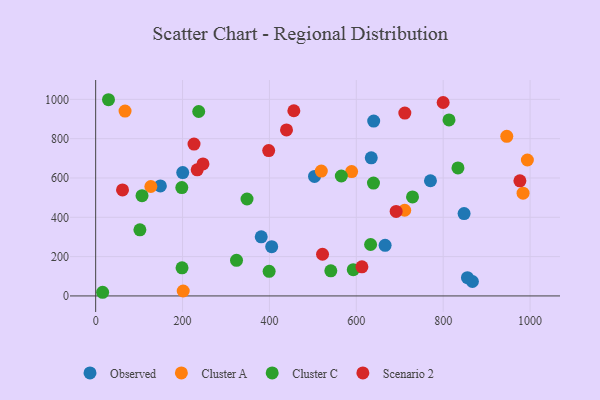
{"axis": {"x": "Speed", "y": "Exam Score"}, "legend": ["Cluster A", "Cluster C", "Observed", "Scenario 2"], "data": [{"x": "405.2", "y": 250.8, "type": "Observed"}, {"x": "770.7", "y": 585.9, "type": "Observed"}, {"x": "666.3", "y": 257.6, "type": "Observed"}, {"x": "867.3", "y": 73.4, "type": "Observed"}, {"x": "634.4", "y": 702.5, "type": "Observed"}, {"x": "148.9", "y": 559.4, "type": "Observed"}, {"x": "855.8", "y": 92.8, "type": "Observed"}, {"x": "640.0", "y": 889.7, "type": "Observed"}, {"x": "848.1", "y": 418.9, "type": "Observed"}, {"x": "503.8", "y": 608.1, "type": "Observed"}, {"x": "381.1", "y": 300.9, "type": "Observed"}, {"x": "200.4", "y": 627.3, "type": "Observed"}, {"x": "993.8", "y": 691.5, "type": "Cluster A"}, {"x": "519.4", "y": 635.2, "type": "Cluster A"}, {"x": "983.9", "y": 522.6, "type": "Cluster A"}, {"x": "589.2", "y": 632.4, "type": "Cluster A"}, {"x": "201.5", "y": 25.1, "type": "Cluster A"}, {"x": "127.0", "y": 556.8, "type": "Cluster A"}, {"x": "711.4", "y": 435.8, "type": "Cluster A"}, {"x": "67.6", "y": 940.4, "type": "Cluster A"}, {"x": "946.4", "y": 812.1, "type": "Cluster A"}, {"x": "632.9", "y": 261.7, "type": "Cluster C"}, {"x": "198.3", "y": 551.1, "type": "Cluster C"}, {"x": "813.4", "y": 895.2, "type": "Cluster C"}, {"x": "16.0", "y": 18.6, "type": "Cluster C"}, {"x": "729.4", "y": 503.7, "type": "Cluster C"}, {"x": "399.3", "y": 125.0, "type": "Cluster C"}, {"x": "834.0", "y": 651.1, "type": "Cluster C"}, {"x": "639.5", "y": 574.0, "type": "Cluster C"}, {"x": "541.3", "y": 127.9, "type": "Cluster C"}, {"x": "324.2", "y": 181.0, "type": "Cluster C"}, {"x": "593.0", "y": 133.5, "type": "Cluster C"}, {"x": "348.4", "y": 493.1, "type": "Cluster C"}, {"x": "106.7", "y": 510.1, "type": "Cluster C"}, {"x": "565.5", "y": 610.2, "type": "Cluster C"}, {"x": "237.2", "y": 938.3, "type": "Cluster C"}, {"x": "101.8", "y": 336.2, "type": "Cluster C"}, {"x": "198.8", "y": 142.8, "type": "Cluster C"}, {"x": "29.5", "y": 998.1, "type": "Cluster C"}, {"x": "233.7", "y": 641.7, "type": "Scenario 2"}, {"x": "711.7", "y": 930.1, "type": "Scenario 2"}, {"x": "61.8", "y": 539.1, "type": "Scenario 2"}, {"x": "226.4", "y": 772.5, "type": "Scenario 2"}, {"x": "691.7", "y": 430.0, "type": "Scenario 2"}, {"x": "612.9", "y": 148.3, "type": "Scenario 2"}, {"x": "398.3", "y": 739.5, "type": "Scenario 2"}, {"x": "439.3", "y": 844.6, "type": "Scenario 2"}, {"x": "799.9", "y": 984.0, "type": "Scenario 2"}, {"x": "522.2", "y": 212.0, "type": "Scenario 2"}, {"x": "247.0", "y": 671.5, "type": "Scenario 2"}, {"x": "456.2", "y": 942.0, "type": "Scenario 2"}, {"x": "976.6", "y": 585.5, "type": "Scenario 2"}]}